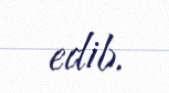
edib.